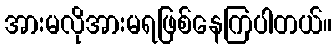
အားမလိုအားမရဖြစ်နေကြပါတယ်။